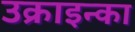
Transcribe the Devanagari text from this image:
उक्राइन्का